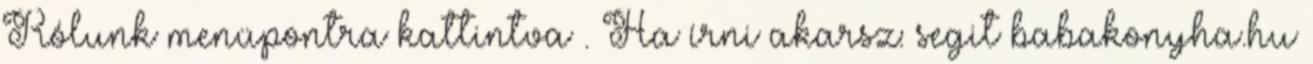
Rólunk menüpontra kattintva . Ha írni akarsz: segit babakonyha.hu